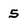
Character: 5